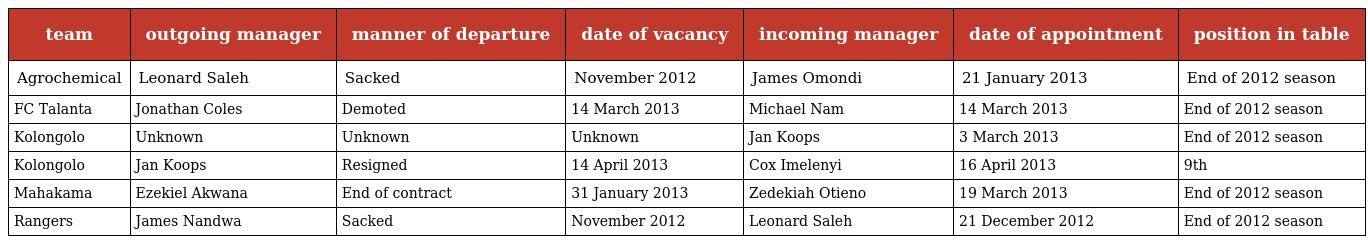
| team | outgoing manager | manner of departure | date of vacancy | incoming manager | date of appointment | position in table |
 | --- | --- | --- | --- | --- | --- | --- |
 | Agrochemical | Leonard Saleh | Sacked | November 2012 | James Omondi | 21 January 2013 | End of 2012 season |
 | FC Talanta | Jonathan Coles | Demoted | 14 March 2013 | Michael Nam | 14 March 2013 | End of 2012 season |
 | Kolongolo | Unknown | Unknown | Unknown | Jan Koops | 3 March 2013 | End of 2012 season |
 | Kolongolo | Jan Koops | Resigned | 14 April 2013 | Cox Imelenyi | 16 April 2013 | 9th |
 | Mahakama | Ezekiel Akwana | End of contract | 31 January 2013 | Zedekiah Otieno | 19 March 2013 | End of 2012 season |
 | Rangers | James Nandwa | Sacked | November 2012 | Leonard Saleh | 21 December 2012 | End of 2012 season |